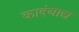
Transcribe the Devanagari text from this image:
कादंबाद्य